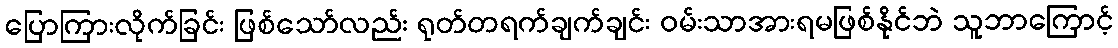
ပြောကြားလိုက်ခြင်း ဖြစ်သော်လည်း ရုတ်တရက်ချက်ချင်း ဝမ်းသာအားရမဖြစ်နိုင်ဘဲ သူဘာကြောင့်